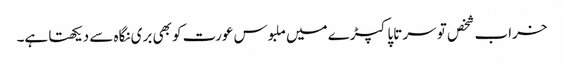
خراب شخص تو سر تاپا کپڑے میں ملبوس عورت کو بھی بری نگاہ سے دیکھتا ہے۔